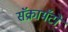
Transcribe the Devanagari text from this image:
सॅक्रामँटो